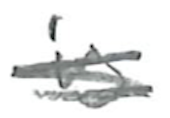
Text: is
Cross-out: scratch
Writing tool: pencil